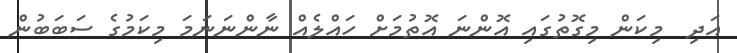
އަދި  މިކަން މިގޮތުގައި އޮންނަ އޮތުމަށް ހައްލެއް ނާންނަނަމަ މިކަމުގެ ސަބަބުން